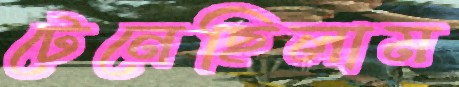
টেনেছিলাম